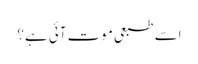
اسے طبعی موت آئی ہے؟